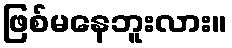
ဖြစ်မနေဘူးလား။